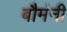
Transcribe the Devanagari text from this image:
बौमंनी